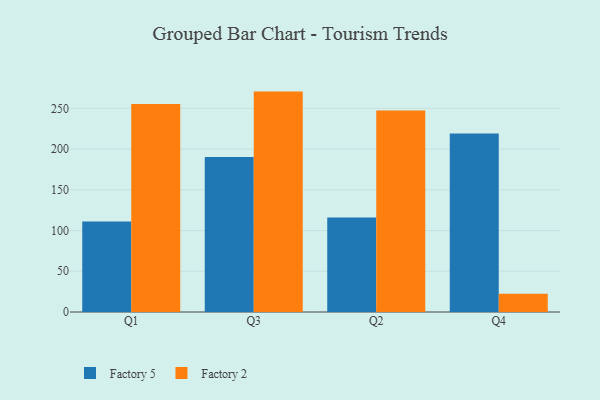
{"axis": {"x": "Quarter", "y": "Headcount"}, "legend": ["Factory 2", "Factory 5"], "data": [{"x": "Q1", "y": 111.0, "type": "Factory 5"}, {"x": "Q1", "y": 255.4, "type": "Factory 2"}, {"x": "Q3", "y": 190.2, "type": "Factory 5"}, {"x": "Q3", "y": 270.6, "type": "Factory 2"}, {"x": "Q2", "y": 115.9, "type": "Factory 5"}, {"x": "Q2", "y": 247.4, "type": "Factory 2"}, {"x": "Q4", "y": 219.3, "type": "Factory 5"}, {"x": "Q4", "y": 22.5, "type": "Factory 2"}]}